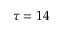
\tau = 1 4